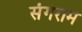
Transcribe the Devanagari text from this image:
संगराम